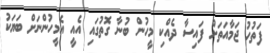
ފަތުހު ޖަމާއަތަށް ފައިސާ ދެއްކި މީހުން ބުނާ ގޮތުގައި އެއީ އެމީހުންނަށް ބަޔަކު